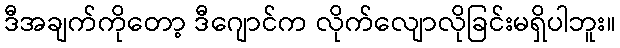
ဒီအချက်ကိုတော့ ဒီဂျောင်က လိုက်လျောလိုခြင်းမရှိပါဘူး။